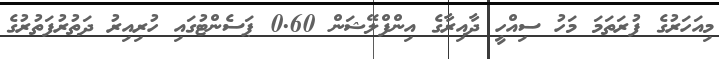
މިއަހަރުގެ ފުރަތަމަ މަހު ސިއްހީ ދާއިރާގެ އިންފްލޭޝަން 0.60 ޕަސެންޓުގައި ހުރިއިރު ދަތުރުފަތުރުގެ